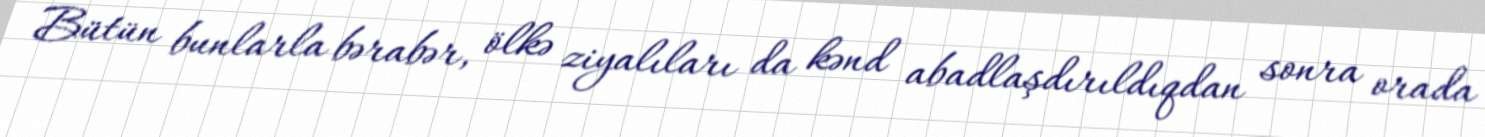
Bütün bunlarla bərabər, ölkə ziyalıları da kənd abadlaşdırıldıqdan sonra orada